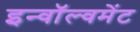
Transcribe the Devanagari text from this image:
इन्वॉल्वमेंट